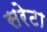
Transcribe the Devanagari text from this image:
सरेटा